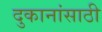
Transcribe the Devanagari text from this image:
दुकानांसाठी